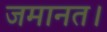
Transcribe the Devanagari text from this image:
जमानत।